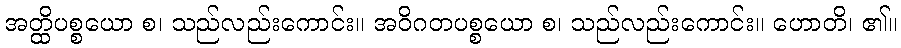
အတ္ထိပစ္စယော စ၊ သည်လည်းကောင်း။ အဝိဂတပစ္စယော စ၊ သည်လည်းကောင်း။ ဟောတိ၊ ၏။